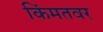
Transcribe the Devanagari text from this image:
किंमतवर